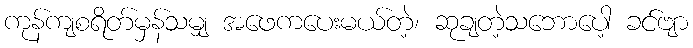
ကုန်ကျစရိတ်မှန်သမျှ အဖေကပေးမယ်တဲ့၊ ဆုချတဲ့သဘောပေါ့ ခင်ဗျာ